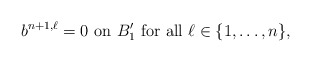
\begin{align*}b^{n+1,\ell}=0 \mbox{ on } B'_1 \mbox{ for all } \ell\in\{1,\ldots,n\},\end{align*}